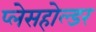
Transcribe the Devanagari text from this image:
प्लेसहोल्डर